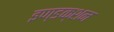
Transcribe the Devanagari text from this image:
इण्डक्शन